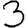
Digit: 3